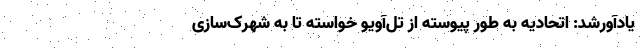
یادآورشد: اتحادیه به طور پیوسته از تل‌آویو خواسته تا به شهرک‌سازی